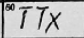
Transcription: TTX